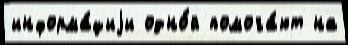
информа́циjи одно́й помога́ют на